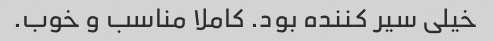
خیلی سیر کننده بود. کاملا مناسب و خوب.